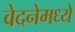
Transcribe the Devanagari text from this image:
वेदनेमध्ये